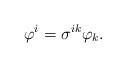
LaTeX: \begin{align*}\varphi^i = \sigma^{ik} \varphi_k.\end{align*}